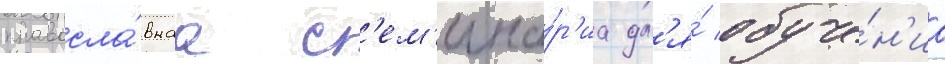
правосла́внаа с'ем'ина́р'иа дл'я́ обуче́н'иа